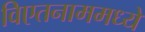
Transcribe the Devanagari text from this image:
विएतनाममध्ये